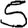
Digit: 5